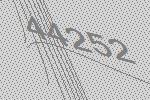
44252